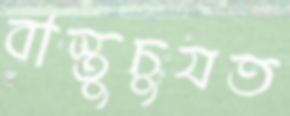
বাস্তুচুযত